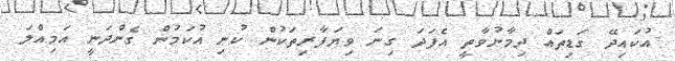
އުކައިދޭ ގަޑިތައް ދިމާނުވާތީ އެފަދަ ގިނަ ވިޔަފާރިތަކުން ކުނި އުކަމުން ގެންދަނީ އަމިއްލަ